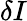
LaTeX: \delta I